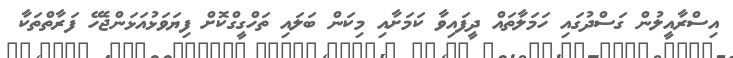
އިސްރާއީލުން ގަސްދުގައި ހަމަލާތައް ދީފައިވާ ކަމަށާއި މިކަން ބަލައި ތަހްގީގްކޮށް ފިޔަވަޅުއަޅަންޖެހޭ ފަރާތްތަކާ